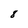
Character: 8